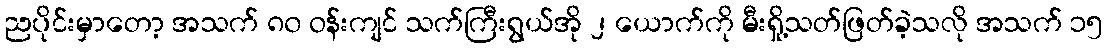
ညပိုင်းမှာတော့ အသက် ၈၀ ဝန်းကျင် သက်ကြီးရွယ်အို ၂ ယောက်ကို မီးရှို့သတ်ဖြတ်ခဲ့သလို အသက် ၁၅